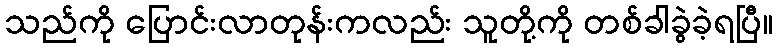
သည်ကို ပြောင်းလာတုန်းကလည်း သူတို့ကို တစ်ခါခွဲခဲ့ရပြီ။